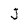
Character: J